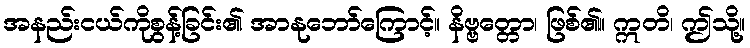
အနည်းငယ်ကိုစွန့်ခြင်း၏ အာနုဘော်ကြောင့်။ နိဗ္ဗတ္တော၊ ဖြစ်၏။ ဣတိ၊ ဤသို့။